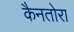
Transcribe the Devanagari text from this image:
कैनतोरा